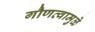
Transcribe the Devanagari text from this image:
गौणत्वामुळे